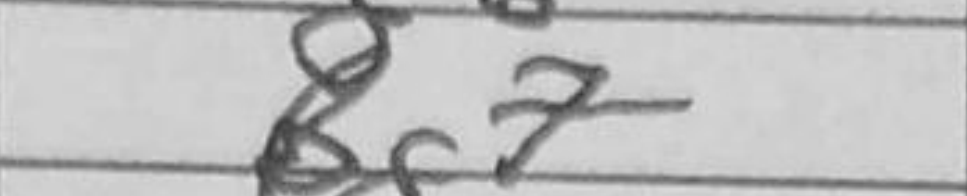
Transcription: Bg7